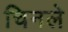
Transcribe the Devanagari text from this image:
चिनले